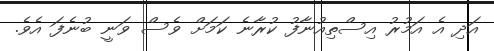
އަދި އެ އަމުރު އިސްތިއުނާފު ކުރާނެ ކަމަށް ވެސް ވަނީ ބުނެފަ އެވެ.